Problem: 34 + 24 = ?
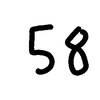
Handwritten answer: 58